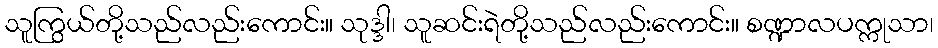
သူကြွယ်တို့သည်လည်းကောင်း။ သုဒ္ဒါ၊ သူဆင်းရဲတို့သည်လည်းကောင်း။ စဏ္ဍာလပက္ကုသာ၊